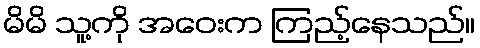
မိမိ သူ့ကို အဝေးက ကြည့်နေသည်။